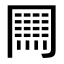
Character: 𠕲